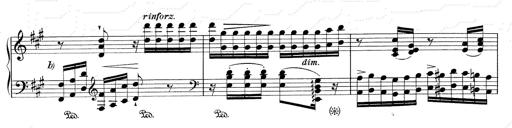
Title: RÃ©miniscences de Don Juan
Composer: Franz Liszt